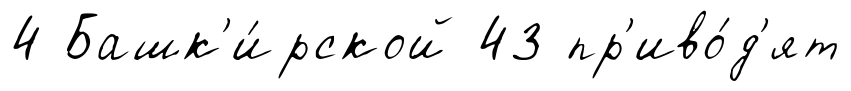
4 Башк'и́рской 43 пр'иво́д'ят